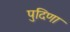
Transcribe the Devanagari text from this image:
पुदिणा